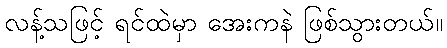
လန့်သဖြင့် ရင်ထဲမှာ အေးကနဲ ဖြစ်သွားတယ်။